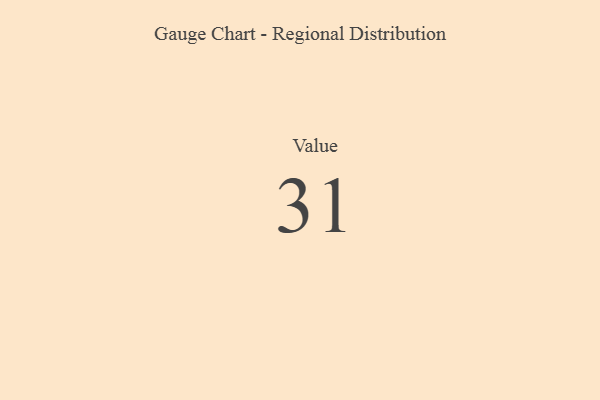
{"axis": {"x": "Metric", "y": "Value"}, "legend": [""], "data": [{"x": "Value", "y": 31, "type": ""}]}